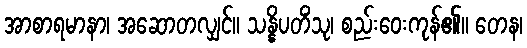
အာစာရမာနာ၊ အဆောတလျှင်။ သန္နိပတိံသု၊ စည်းဝေးကုန်၏။ တေန၊